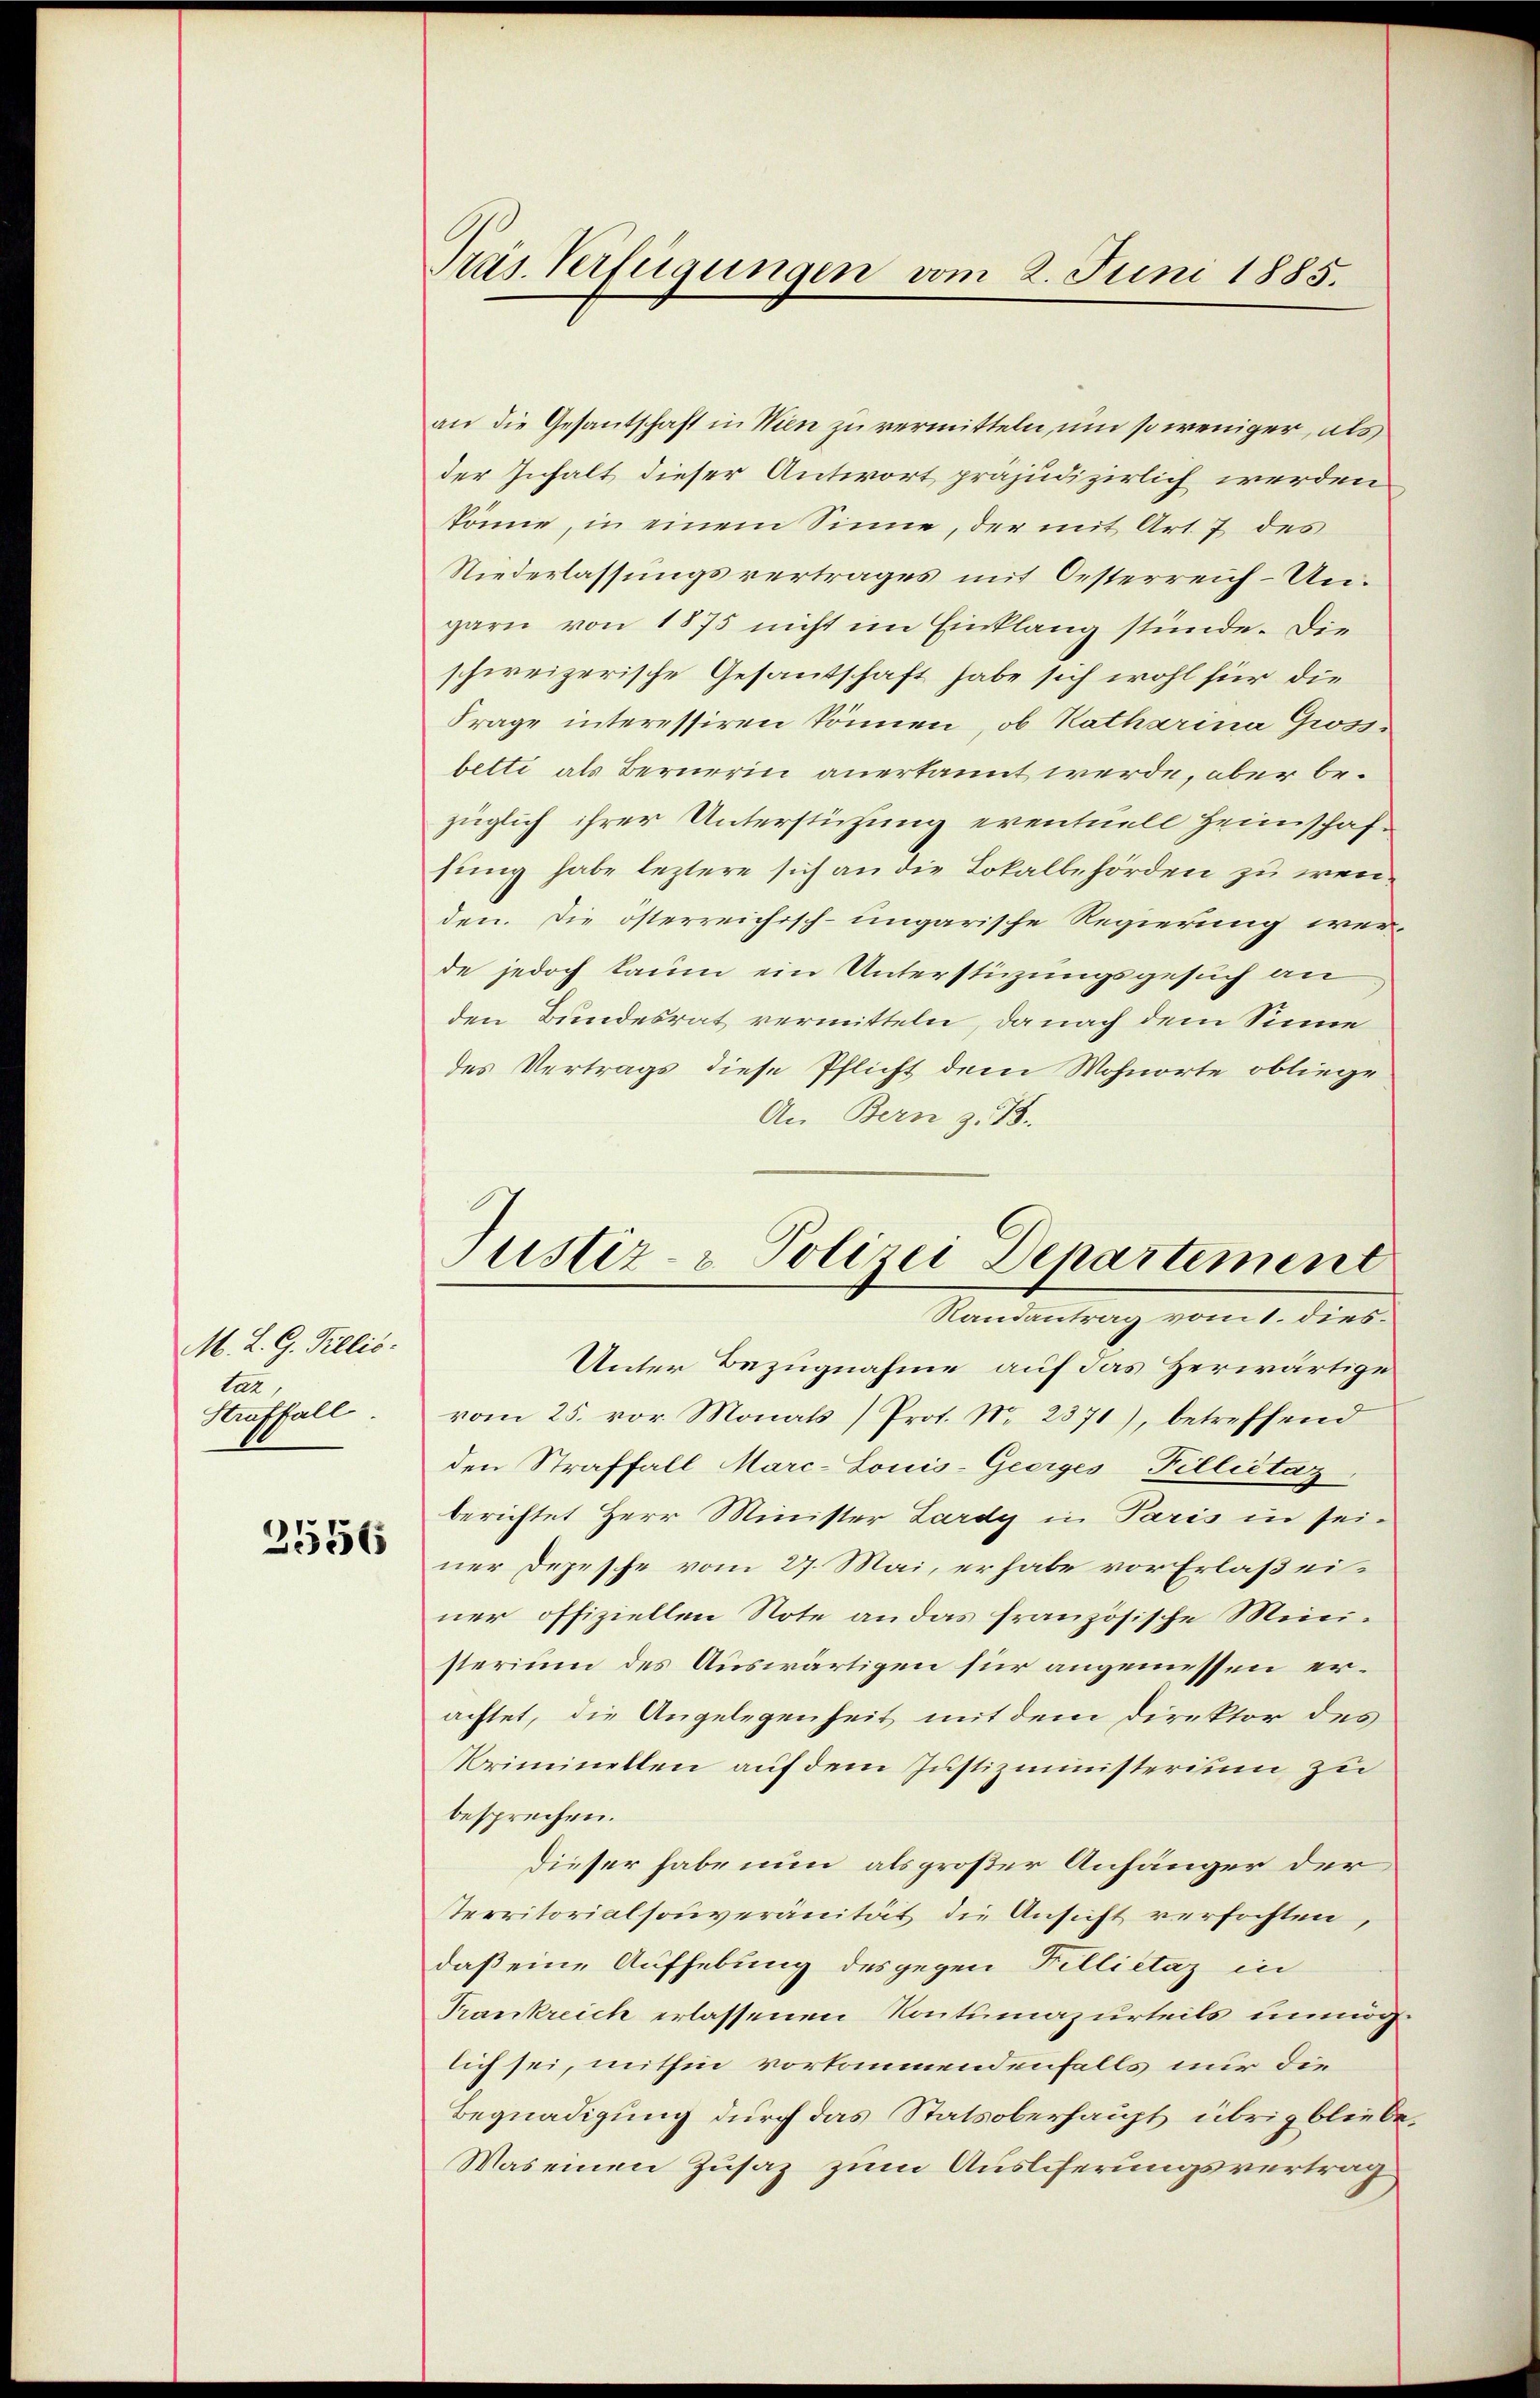
M. L. G. Tillio
An
Straffall.

2556

Präs. Verfügungen vom 2. Juni 1885.

an die Gesantschaft in Wien zu vermitteln, um so weniger, als
der Inhalt dieser Antwort präjudizierlich werden
könne, in einem Sinne, der mit Art. 7 des
Niederlassungsvertrages mit Oesterreich-Ungarn von 1875 nicht im Einklang stünde. Die
schweizerische Gesantschaft habe sich wohl für die
Frage interessiren können, ob Katharina Gross-
betti als Bernerin anerkannt werde, aber bezüglich ihrer Unterstützung eventuell Heimschafsung habe leztere sich an die Lokalbehörden zu weiden. Die österreichisch-ungarische Regierung wer-
de jedoch kaum ein Unterstüzungsgesuch an
den Bundesrat vermitteln, da nach dem Sinne
des Vertrags diese Pflicht dem Wohnorte obliege
An Bern z. B.
Unter Bezugnahme auf das Herwärtige
vom 25. vor. Monats (Prot. No 2371), betreffend
den Straffall Marc-Louis-Geerges Filliitaz
berichtet Herr Minister Lardy in Paris in sei-
ner Depesche vom 27. Mai, er habe vor Erlaß einer offiziellen Note an das französische Ministerium des Auswärtigen für angemessen erachtet, die Angelegenheit mit dem Direktor des
Kriminellen auf dem Justizministerium zu
besprechen.
dieser habe nun als großer Anhänger der
territorialsouveränität die Ansicht verfochten,
daß eine Aufhebung des gegen Fellietaz in
Trankreich erlassenen Kontumazurteils unmöglich sei, mithin vorkommendenfalls nur die
Begnadigung durch das Statsoberhaupt übrig bliebe¬
Was einen Zusaz zum Auslieferungsvertrag

ustiz- & Polizei Departement
Randantrag vom 1. dies